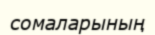
сомаларының